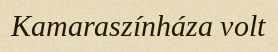
Kamaraszínháza volt